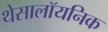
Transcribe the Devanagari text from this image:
थेसालॉयनिक